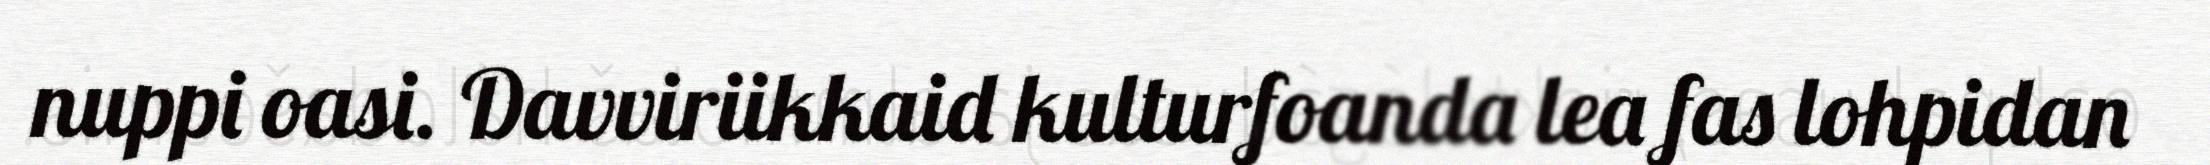
nuppi oasi. Davviriikkaid kulturfoanda lea fas lohpidan